Annual returns of the Patna Lunatic Asylum at Bankipore in Bihar and Orissa - 1912-1924
Year: 1912
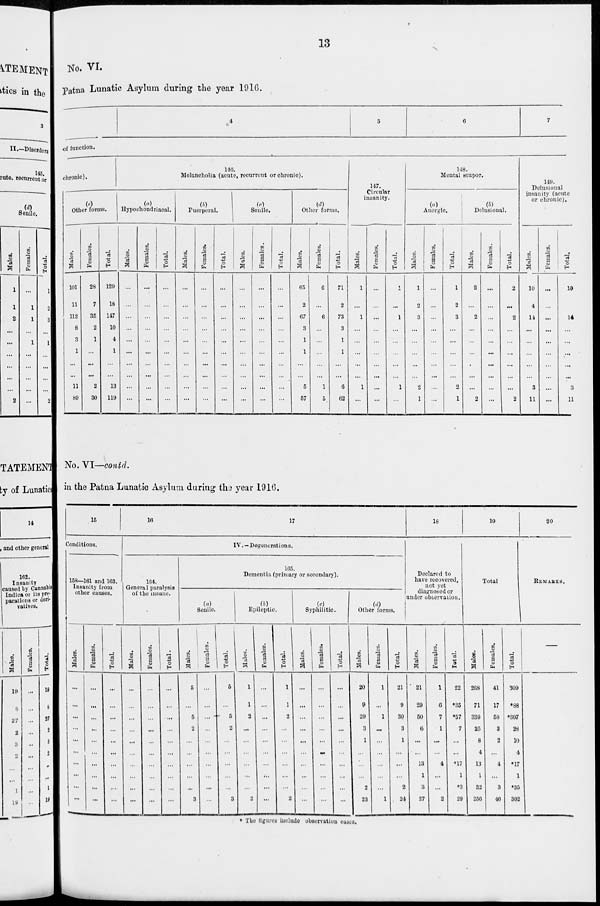
13
No. VI.
Patna Lunatic Asylum during the year 1916.
4
5
6
7
of function.
chronic).
(e)
Other forms.
Males.
101
11
112
8
3
1
...
...
11
80
Females.
28
7
35
2
1
...
...
...
2
30
Total.
129
18
147
10
4
1
...
...
13
119
146
Melancholia (acute, recurrent or chronic).
(a)
Hypochondriacal.
Males.
...
...
...
...
...
...
...
...
...
...
Females.
...
...
...
...
...
...
...
...
...
...
Total.
...
...
...
...
...
...
...
...
...
...
(b)
Puerperal.
Males.
...
...
...
...
...
...
...
...
...
...
Females.
...
...
...
...
...
...
...
...
...
...
Total.
...
...
...
...
...
...
...
...
...
...
(c)
Senile.
Males.
...
...
...
...
...
...
...
...
...
...
Females.
...
...
...
...
...
...
...
...
...
...
Total.
...
...
...
...
...
...
...
...
...
...
(d)
Other forms.
Males.
65
2
67
3
1
1
...
...
5
57
Females.
6
...
6
...
...
...
...
...
1
5
Total.
71
2
73
3
1
1
...
...
6
62
147.
Circular
insanity.
Males.
1
...
1
...
...
...
...
...
1
...
Females.
...
...
...
...
...
...
...
...
...
...
Total.
1
...
1
...
...
...
...
...
1
...
148.
Mental stupor.
(a)
Anergic.
Males.
1
2
3
...
...
...
...
...
2
1
Females.
...
...
...
...
...
...
...
...
...
...
Total.
1
2
3
...
...
...
...
...
2
1
(b)
Delusional.
Males.
2
...
2
...
...
...
...
...
...
2
Females.
...
...
...
...
...
...
...
...
...
...
Total.
2
...
2
...
...
...
...
...
...
2
149.
Delusional
insanity (acute
or chronic).
Males.
10
4
14
...
...
...
...
...
3
11
Females.
...
...
...
...
...
...
...
...
...
...
Total.
10
4
14
...
...
...
...
...
3
11
No. VI—contd.
in the Patna Lunatic Asylum during the year 1916.
15
Conditions.
158—161 and 163.
Insanity from
other causes.
Males.
...
...
...
...
...
...
...
...
...
...
Females.
...
...
...
...
...
...
...
...
...
...
Total.
...
...
...
...
...
...
...
...
...
...
16
17
IV.—Degenerations.
164.
General paralysis
of the insane.
Males.
...
...
...
...
...
...
...
...
...
...
Females.
...
...
...
...
...
...
...
...
...
...
Total.
...
...
...
...
...
...
...
...
...
...
165.
Dementia (primary or secondary).
(a)
Senile.
Males.
5
...
5
2
...
...
...
...
...
3
Females.
...
...
...
...
...
...
...
...
...
...
Total.
5
...
5
2
...
...
...
...
...
3
(b)
Epileptic.
Males.
1
1
2
...
...
...
...
...
...
2
Females.
...
...
...
...
...
...
...
...
...
...
Total.
1
1
2
...
...
...
...
...
...
2
(c)
Syphilitic.
Males.
...
...
...
...
...
...
...
...
...
Females.
...
...
...
...
...
...
...
...
...
...
Total.
...
...
...
...
...
...
...
...
...
...
(d)
Other forms.
Males.
20
9
29
3
1
...
...
...
2
23
Females.
1
...
1
...
...
...
...
...
...
1
Total.
21
9
30
3
1
...
...
...
2
24
18
Declared to
have recovered,
not yet
diagnosed or
under observation.
Males.
21
29
50
6
...
...
13
1
3
27
Females.
1
6
7
1
...
...
4
...
...
2
Total.
22
*35
*57
7
...
...
*17
1
*3
29
19
Total.
Males.
268
71
339
25
8
4
13
1
32
256
Females.
41
17
58
3
2
...
4
...
3
46
Total.
309
*88
*397
28
10
4
*17
1
*35
302
20
REMARKS.
* The figures include observation cases.